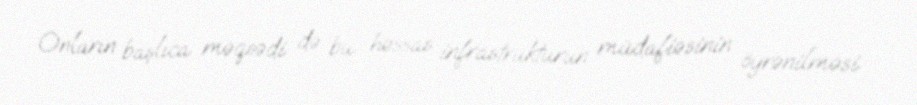
Onların başlıca məqsədi də bu həssas infrastrukturun müdafiəsinin öyrənilməsi